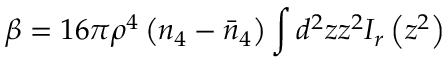
\beta = 1 6 \pi \rho ^ { 4 } \left( n _ { 4 } - \bar { n } _ { 4 } \right) \int d ^ { 2 } z z ^ { 2 } I _ { r } \left( z ^ { 2 } \right)